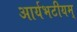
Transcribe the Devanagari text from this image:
आर्यभटीयम्‌